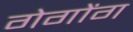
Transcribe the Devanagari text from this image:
गेगोंग